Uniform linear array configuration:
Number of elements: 24
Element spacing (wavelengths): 0.75
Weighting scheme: binomial
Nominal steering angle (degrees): -15
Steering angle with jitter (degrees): -15.166
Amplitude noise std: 0.05
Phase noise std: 0.05

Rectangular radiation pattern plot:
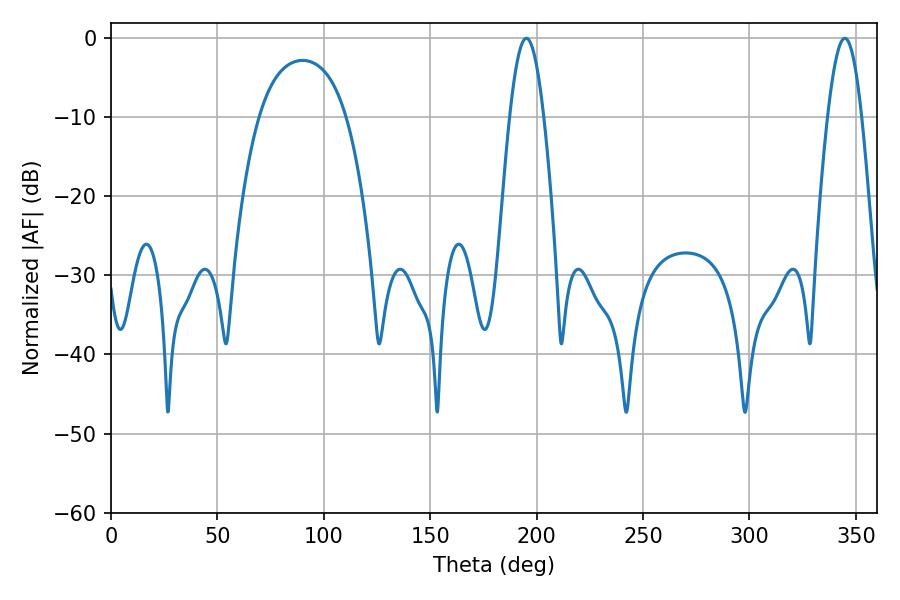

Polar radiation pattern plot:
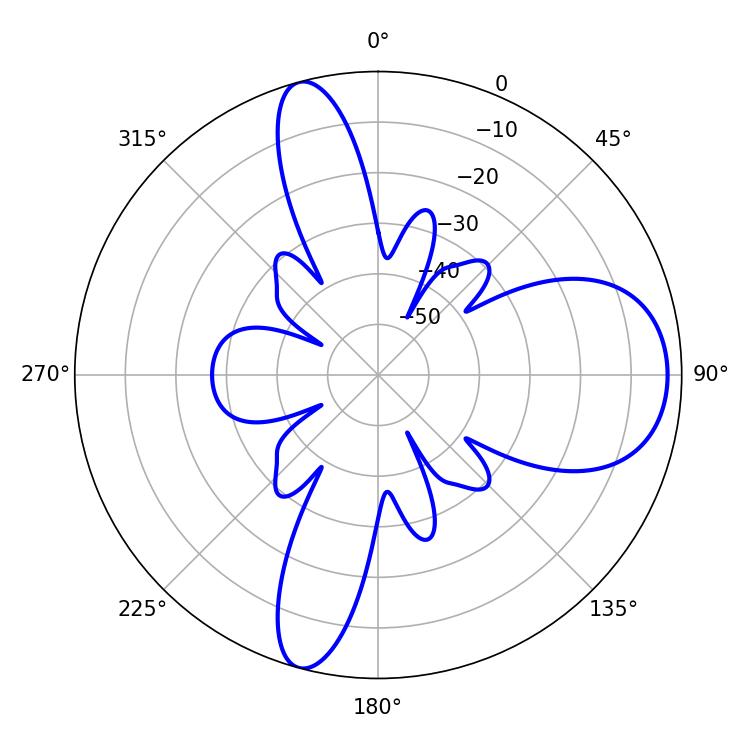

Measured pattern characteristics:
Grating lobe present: TRUE
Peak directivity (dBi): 10.572
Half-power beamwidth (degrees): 8.64
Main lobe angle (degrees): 195.12